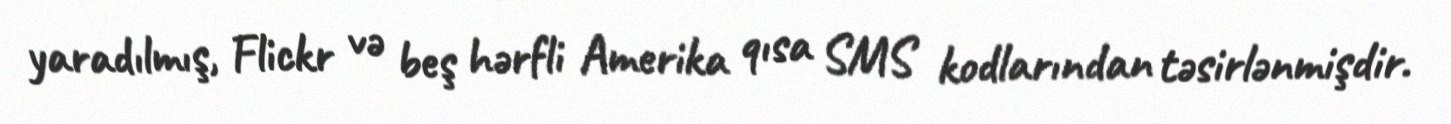
yaradılmış, Flickr və beş hərfli Amerika qısa SMS kodlarından təsirlənmişdir.